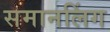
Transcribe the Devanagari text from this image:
समानलिंग